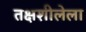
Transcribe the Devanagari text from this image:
तक्षशीलेला